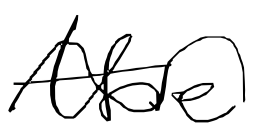
Text: the
Cross-out: wave
Writing tool: digital_black